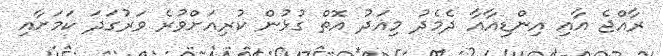
ރާއްޖެ އާއި އިންޑިއާއާ ދެމެދު މިއަދު އޮތް ގުޅުން ކުރިއަށްވުރެ ވަރުގަދަ ކަމަށާއި